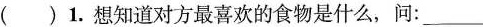
( )1.想知道对方最喜欢的食物是什么,问:___